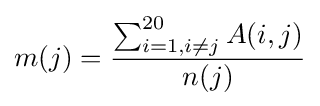
m(j)={\frac {\sum _{i=1,i\neq j}^{20}A(i,j)}{n(j)}}